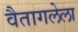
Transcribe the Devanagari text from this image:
वैतागलेला